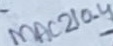
Text: MAC210-4